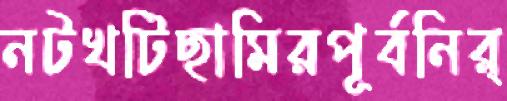
নটখটিছামিরপূর্বনির্